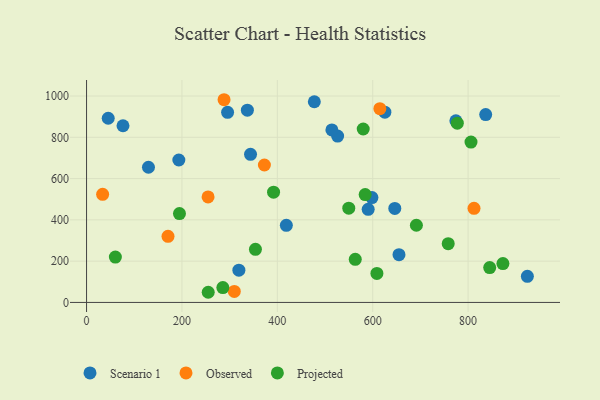
{"axis": {"x": "Speed", "y": "Exam Score"}, "legend": ["Observed", "Projected", "Scenario 1"], "data": [{"x": "319.4", "y": 156.4, "type": "Scenario 1"}, {"x": "655.1", "y": 231.6, "type": "Scenario 1"}, {"x": "129.8", "y": 655.0, "type": "Scenario 1"}, {"x": "418.9", "y": 373.5, "type": "Scenario 1"}, {"x": "526.4", "y": 806.0, "type": "Scenario 1"}, {"x": "343.8", "y": 717.5, "type": "Scenario 1"}, {"x": "646.3", "y": 455.6, "type": "Scenario 1"}, {"x": "337.2", "y": 931.3, "type": "Scenario 1"}, {"x": "625.5", "y": 922.0, "type": "Scenario 1"}, {"x": "836.9", "y": 910.1, "type": "Scenario 1"}, {"x": "774.4", "y": 880.1, "type": "Scenario 1"}, {"x": "76.4", "y": 856.0, "type": "Scenario 1"}, {"x": "477.6", "y": 972.3, "type": "Scenario 1"}, {"x": "514.4", "y": 835.9, "type": "Scenario 1"}, {"x": "45.4", "y": 892.4, "type": "Scenario 1"}, {"x": "924.3", "y": 126.4, "type": "Scenario 1"}, {"x": "598.4", "y": 508.1, "type": "Scenario 1"}, {"x": "193.5", "y": 690.1, "type": "Scenario 1"}, {"x": "590.5", "y": 451.2, "type": "Scenario 1"}, {"x": "295.7", "y": 921.2, "type": "Scenario 1"}, {"x": "812.4", "y": 456.0, "type": "Observed"}, {"x": "33.7", "y": 523.9, "type": "Observed"}, {"x": "309.8", "y": 53.2, "type": "Observed"}, {"x": "254.8", "y": 511.3, "type": "Observed"}, {"x": "372.9", "y": 665.8, "type": "Observed"}, {"x": "288.3", "y": 982.1, "type": "Observed"}, {"x": "170.8", "y": 320.4, "type": "Observed"}, {"x": "615.0", "y": 938.8, "type": "Observed"}, {"x": "354.1", "y": 257.2, "type": "Projected"}, {"x": "691.6", "y": 373.9, "type": "Projected"}, {"x": "255.1", "y": 49.2, "type": "Projected"}, {"x": "608.8", "y": 140.6, "type": "Projected"}, {"x": "806.1", "y": 777.1, "type": "Projected"}, {"x": "845.3", "y": 169.0, "type": "Projected"}, {"x": "563.4", "y": 209.0, "type": "Projected"}, {"x": "285.8", "y": 71.9, "type": "Projected"}, {"x": "549.8", "y": 456.7, "type": "Projected"}, {"x": "584.2", "y": 522.4, "type": "Projected"}, {"x": "758.3", "y": 284.9, "type": "Projected"}, {"x": "873.0", "y": 188.1, "type": "Projected"}, {"x": "392.1", "y": 534.3, "type": "Projected"}, {"x": "194.8", "y": 430.3, "type": "Projected"}, {"x": "580.1", "y": 840.3, "type": "Projected"}, {"x": "777.4", "y": 868.6, "type": "Projected"}, {"x": "60.4", "y": 219.6, "type": "Projected"}]}